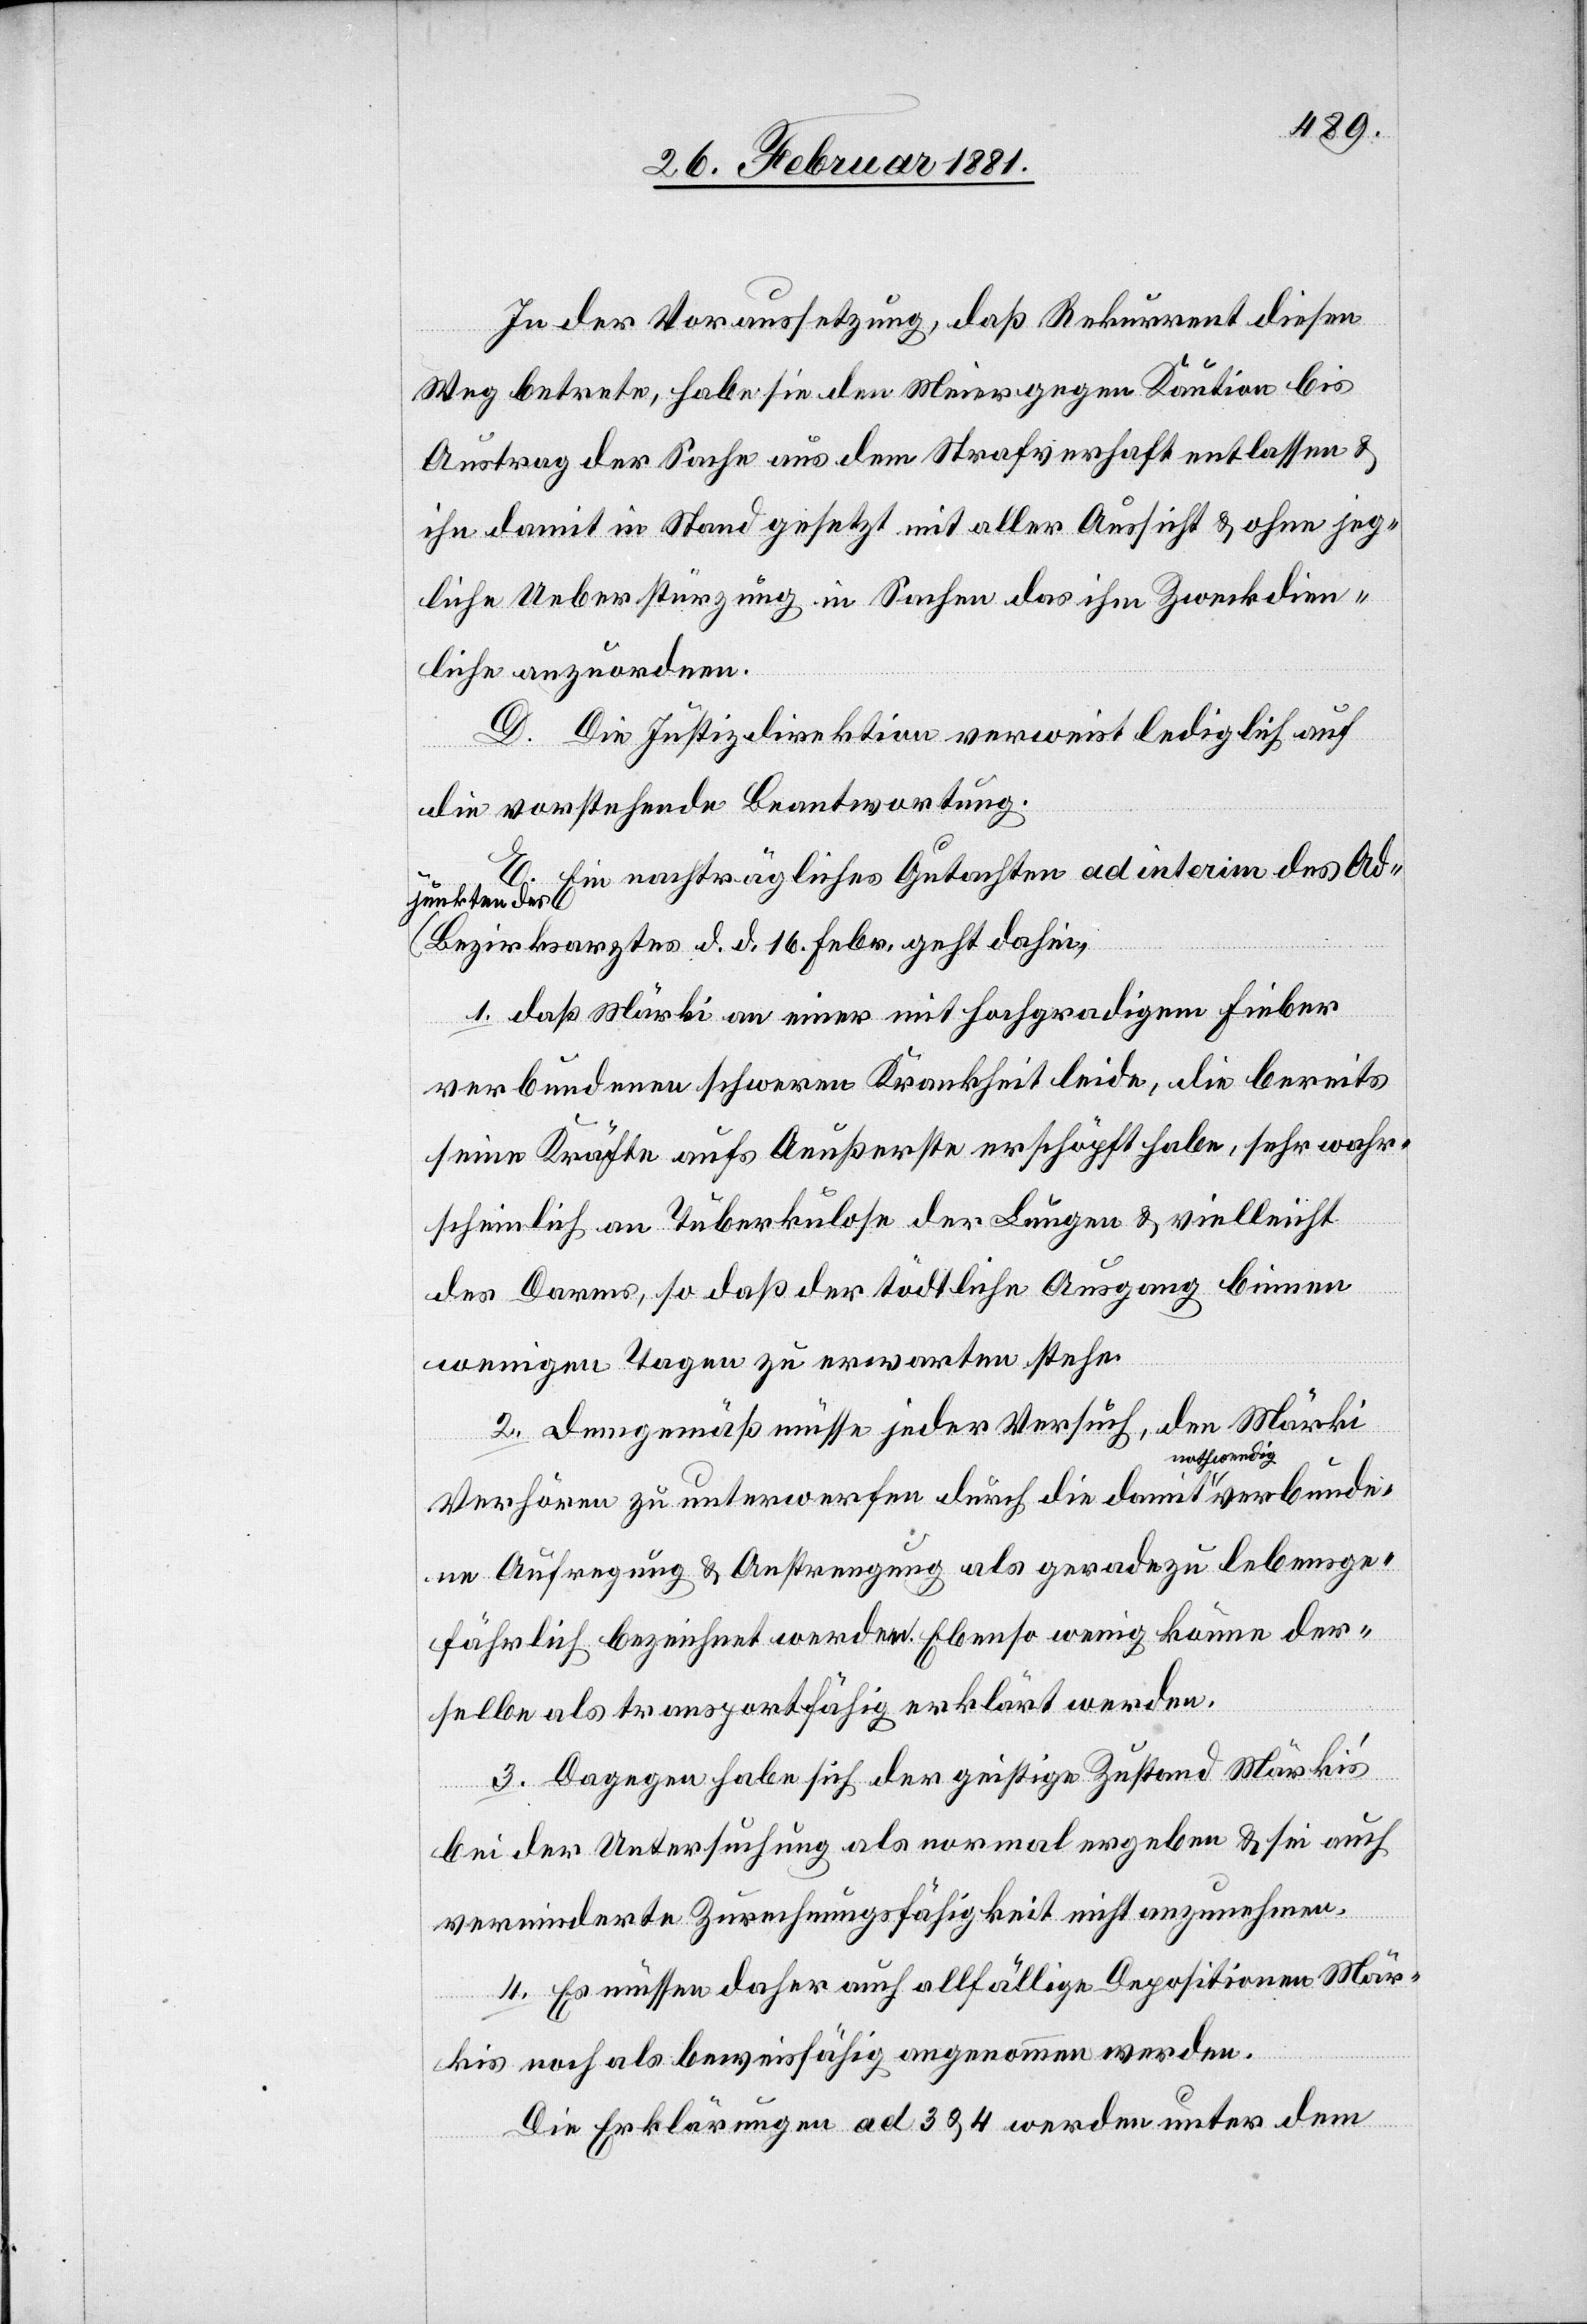
In der Voraussetzung, daß Rekurrent diesen
Weg betrete, habe sie den Meier gegen Kaution bis
Austrag der Sache aus dem Strafverhaft entlassen &
ihn damit in Stand gesetzt mit aller Aussicht & ohne jeg¬
liche Ueberstürzung in Sachen das ihm Zweckdien¬
liche anzuordnen.
D. Die Justizdirektion verweist lediglich auf
die vorstehende Beantwortung.
E. Ein nachträgliches Gutachten ad interim des Ad¬
junkten des
Bezirksarztes d. d. 16. Febr. geht dahin,
1. daß Märki an einer mit hochgradigem Fieber
verbundenen schweren Krankheit leide, die bereits
seine Kräfte aufs Aeußerste erschöpft habe, sehr wahr¬
scheinlich an Tuberkulose der Lungen & vielleicht
des Darms, so daß der tödliche Ausgang binnen
wenigen Tagen zu erwarten stehe.
2. Demgemäß müsse jeder Versuch, den Märki
Verhören zu unterwerfen durch die damit nothwendig verbunde¬
ne Aufregung & Anstrengung als geradezu lebensge¬
fährlich bezeichnet werden. Ebenso wenig könne der¬
selbe als transportfähig erklärt werden.
3. Dagegen habe sich der geistige Zustand Märki’s
bei der Untersuchung als normal ergeben & sei auch
verminderte Zurechnungsfähigkeit nicht anzunehmen.
4. Es müssen daher auch allfällige Depositionen Mär¬
kis noch als beweisfähig angenommen werden.
Die Erklärungen ad 3 & 4 werden unter dem